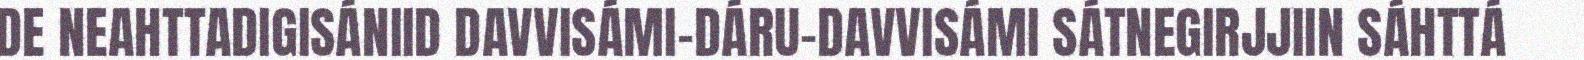
DE NEAHTTADIGISÁNIID DAVVISÁMI-DÁRU-DAVVISÁMI SÁTNEGIRJJIIN SÁHTTÁ